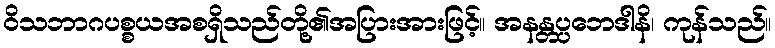
ဝိသဘာဂပစ္စယအစရှိသည်တို့၏အပြားအားဖြင့်။ အနန္တပ္ပဘေဒါနိ၊ ကုန်သည်။